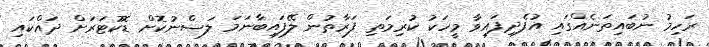
ރަހިމު ނުބައިތަނެއްގައި އުފެދިފައިވާ މީހަކު ކުރިމަތި ފަރާތުން ލޭފައިބާނަމަ ލަސްނުކޮށް ޑޮކުޓަރަށް ދައްކައި